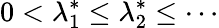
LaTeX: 0<\lambda_{1}^{*}\leq\lambda_{2}^{*}\leq\cdots